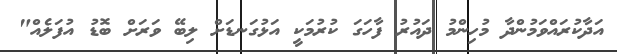
އަދާކުރައްވަމުންދާ މުހިންމު ދައުރު ފާހަގަ ކުރުމަކީ އަޅުގަނޑަށް ލިބޭ ވަރަށް ބޮޑު އުފަލެއް"